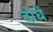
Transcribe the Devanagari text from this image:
दोघें